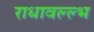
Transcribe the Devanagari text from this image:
राधावल्ल्भ